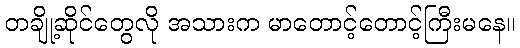
တချို့ဆိုင်တွေလို အသားက မာတောင့်တောင့်ကြီးမနေ။